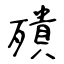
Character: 殨